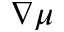
\nabla \mu